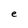
Character: e